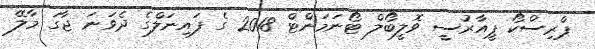
ޕްރިސްކޯ ޕީއާރުސީ ވޮލީބޯލް ޓޯނަމަންޓް 2018 ގެ ފައިނަލްގެ ދެވަނަ ޖާގަ މާލޭ